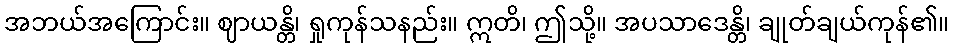
အဘယ်အကြောင်း။ ဈာယန္တိ၊ ရှုကုန်သနည်း။ ဣတိ၊ ဤသို့။ အပသာဒေန္တိ၊ ချုတ်ချယ်ကုန်၏။